Medical and sanitary report of the native army of Bengal for the year
Year: 1878
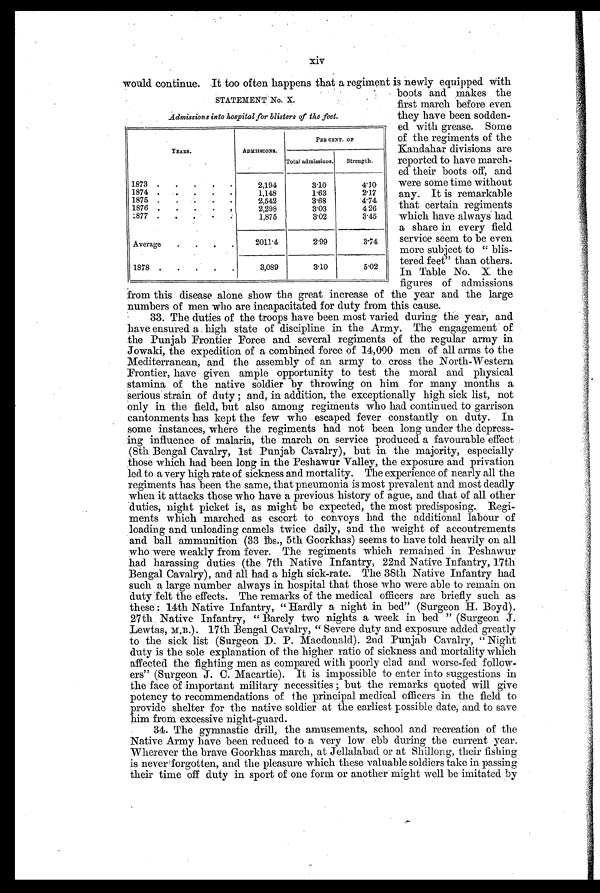
xiv
would continue. It too often happens that a regiment is newly equipped With
boots and. makes the
first march before even
they have been sodden-
ed with grease. Some
of the regiments of the
Kandahar divisions are
reported to have march-
ed their boots off, and
were some time without
any. It is remarkable
that certain regiments
which have always. had
a share in every field
service seem to be even
more subject to " blis-
tered feet" than others.
In Table No. X the
figures of admissions
from this disease alone show the great increase of the year and the large
numbers of men who are incapacitated for duty from this cause.
The duties of the troops have been most varied during the year, and
have ensured a high state of discipline in the Army. The engagement of
the Punjab Frontier Force and several regiments of the regular army in
Jowaki, the expedition of a combined force of 14,000 men of all arms to the
Mediterranean, and the assembly of an army to cross the North-Western
Frontier, have given ample opportunity to test the moral and physical
stamina of the native soldier by throwing on him for many months a
serious strain of duty; and, in addition, the exceptionally high sick list, not
only in the field, but also among regiments who had continued to garrison
cantonments has kept the few who escaped fever constantly on duty. In
some instances, where the regiments had not been long under the depress-
ing influence of malaria, the march on service produced a favourable effect
(8th Bengal Cavalry, 1st Punjab Cavalry), but in the majority, especially
those which had been long in the Peshawur Valley, the exposure and privation
led to a very high rate of sickness and mortality. The experience of nearly all the
regiments has been the same, that pneumonia is most prevalent and most deadly
when it attacks those who have a previous history of ague, and that of all other
duties, night picket is, as might be expected, the most predisposing. Regi-
ments which marched as escort to convoys had the additional labour of
loading and unloading camels twice daily, and the weight of accoutrements
and ball ammunition (33 lbs., 5th Goorkhas) seems to have told heavily on all
who were weakly from fever. The regiments which remained in Peshawur
had harassing duties (the 7th Native Infantry, 22nd Native Infantry, 17th
Bengal Cavalry), and all had a high sick-rate. The. 38th Native Infantry had
such a large number always in hospital that those who were able to remain on
duty felt the effects. The remarks of the medical officers are briefly such as
these: 14th Native Infantry, "Hardly a night in bed" (Surgeon H. Boyd).
27th Native Infantry, "Barely two nights a week in bed" (Surgeon J.
Lewtas, M.B.). 17th Bengal Cavalry, "Severe duty and exposure added greatly
to the sick list (Surgeon D. P. Macdonald). 2nd Punjab Cavalry, "Night
duty is the sole explanation of the higher ratio of sickness and mortality which
affected the fighting men as compared with poorly clad and worse-fed follow-
ers" (Surgeon J. C. Macartie). It is impossible to enter into suggestions in
the face of important military necessities; but the remarks quoted will give
potency to recommendations of the principal medical officers in the field to
provide shelter for the native soldier at the earliest possible date, and to save
him from excessive night-guard.
34.The gymnastic drill, the amusements, school and recreation of the
Native Army have been reduced to a very low ebb during the current year.
Wherever the brave Goorkhas march, at Jellalabad or at Shillong, their fishing
is never forgotten, and the pleasure which these valuable soldiers take in passing
their time off duty in sport of one form or another might well be imitated by
STATEMENT No. X.
Admissions into hospital for blisters of the feet.
YEARS.
ADMISSIONS.
PER CENT. OF
Total admissions.
Strength.
1873 .
.
.
.
.
2,194
3.10
4.10
1874 ..
. .
1,148
1.63
2.17
1875 .
.
. . . .
2,542
3.68
4.74
1876 .
.
.
.
.
2,298
3.03
4 26
1 8 7 7
. . .
.
.
1,875
3.02
3.45
Average
.
. . .
2011.4
2.99
3.74
1878 .
.
. . .
3,089
3.10
5.02